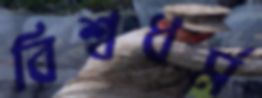
বিশ্বধর্ম